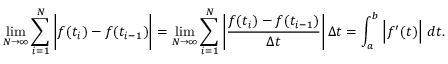
\operatorname* { l i m } _ { N \to \infty } \sum _ { i = 1 } ^ { N } { \bigg | } f ( t _ { i } ) - f ( t _ { i - 1 } ) { \bigg | } = \operatorname* { l i m } _ { N \to \infty } \sum _ { i = 1 } ^ { N } \left| { \frac { f ( t _ { i } ) - f ( t _ { i - 1 } ) } { \Delta t } } \right| \Delta t = \int _ { a } ^ { b } { \Big | } f ^ { \prime } ( t ) { \Big | } \ d t .